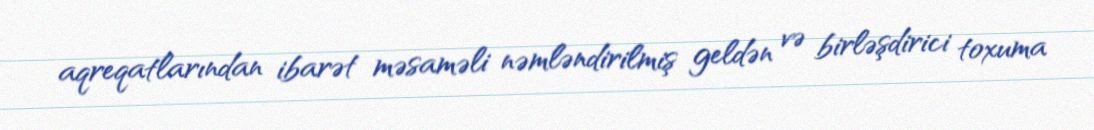
aqreqatlarından ibarət məsaməli nəmləndirilmiş geldən və birləşdirici toxuma